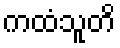
ကထံသူတိ